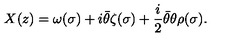
X ( z ) = \omega ( \sigma ) + i { \bar { \theta } } \zeta ( \sigma ) + \frac { i } { 2 } { \bar { \theta } } \theta \rho ( \sigma ) .